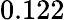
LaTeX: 0.122